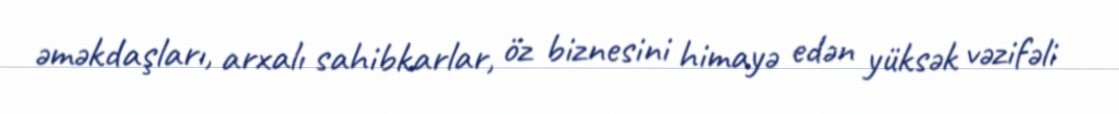
əməkdaşları, arxalı sahibkarlar, öz biznesini himayə edən yüksək vəzifəli